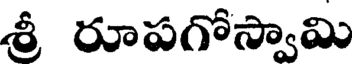
శ్రీ రూపగోస్వామి